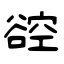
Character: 谾